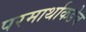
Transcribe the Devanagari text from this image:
परमार्थाकडेच